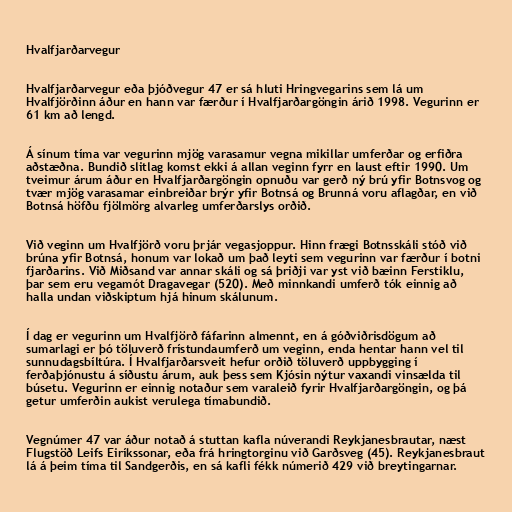
Hvalfjarðarvegur

Hvalfjarðarvegur eða þjóðvegur 47 er sá hluti Hringvegarins sem lá um
Hvalfjörðinn áður en hann var færður í Hvalfjarðargöngin árið 1998. Vegurinn er
61 km að lengd.

Á sínum tíma var vegurinn mjög varasamur vegna mikillar umferðar og erfiðra
aðstæðna. Bundið slitlag komst ekki á allan veginn fyrr en laust eftir 1990. Um
tveimur árum áður en Hvalfjarðargöngin opnuðu var gerð ný brú yfir Botnsvog og
tvær mjög varasamar einbreiðar brýr yfir Botnsá og Brunná voru aflagðar, en við
Botnsá höfðu fjölmörg alvarleg umferðarslys orðið.

Við veginn um Hvalfjörð voru þrjár vegasjoppur. Hinn frægi Botnsskáli stóð við
brúna yfir Botnsá, honum var lokað um það leyti sem vegurinn var færður í botni
fjarðarins. Við Miðsand var annar skáli og sá þriðji var yst við bæinn Ferstiklu,
þar sem eru vegamót Dragavegar (520). Með minnkandi umferð tók einnig að
halla undan viðskiptum hjá hinum skálunum.

Í dag er vegurinn um Hvalfjörð fáfarinn almennt, en á góðviðrisdögum að
sumarlagi er þó töluverð frístundaumferð um veginn, enda hentar hann vel til
sunnudagsbíltúra. Í Hvalfjarðarsveit hefur orðið töluverð uppbygging í
ferðaþjónustu á síðustu árum, auk þess sem Kjósin nýtur vaxandi vinsælda til
búsetu. Vegurinn er einnig notaður sem varaleið fyrir Hvalfjarðargöngin, og þá
getur umferðin aukist verulega tímabundið.

Vegnúmer 47 var áður notað á stuttan kafla núverandi Reykjanesbrautar, næst
Flugstöð Leifs Eiríkssonar, eða frá hringtorginu við Garðsveg (45). Reykjanesbraut
lá á þeim tíma til Sandgerðis, en sá kafli fékk númerið 429 við breytingarnar.